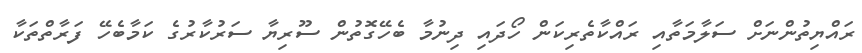
ރައްޔިތުންނަށް ސަލާމަތާއި ރައްކާތެރިކަން ހޯދައި ދިނުމާ ބެހޭގޮތުން ސޫރިޔާ ސަރުކާރުގެ ކަމާބެހޭ ފަރާތްތަކާ